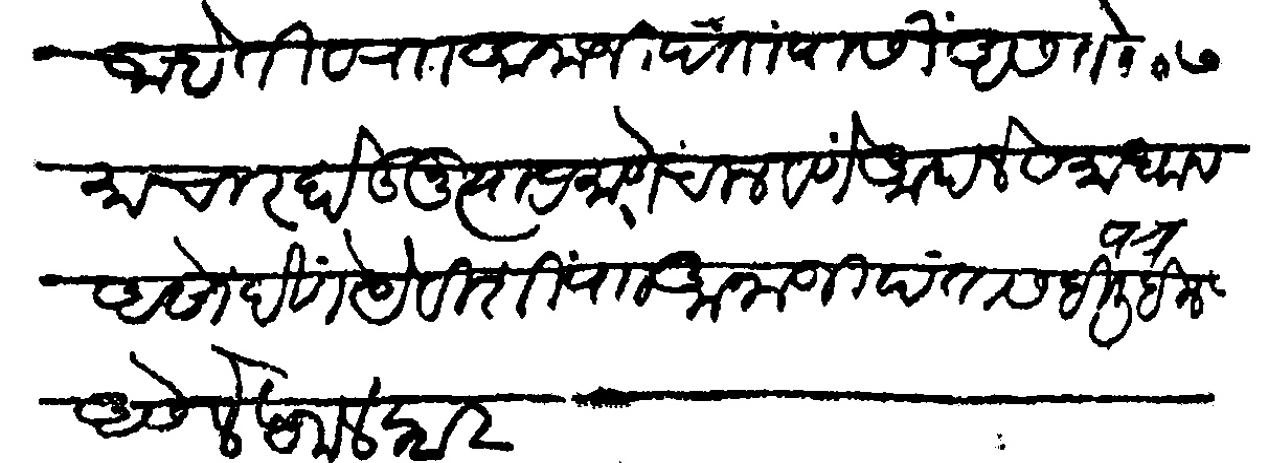
Transliteration (Devanagari): आहेती व अनाजी पंतापासी असे तो समाचार होऊन त्याप्रमाणे चालवणे आपले समाधान असो देणे येवीशी राा आनाजी पतासही पत्र लिहीले असे लेखनालंकार